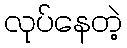
လုပ်နေတဲ့